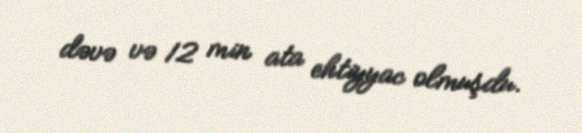
dəvə və 12 min ata ehtiyyac olmuşdu.